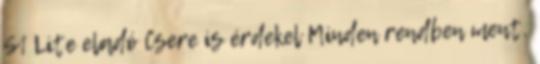
S1 Lite eladó Csere is érdekel Minden rendben ment,